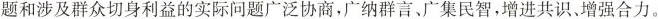
题和涉及群众切身利益的实际问题广泛协商，广纳群言，广集民智，增进共识、增强合力。